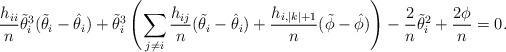
LaTeX: \begin{align*}\frac{h_{ii}}{n} \tilde{\theta}_i^3(\tilde{\theta}_i-\hat{\theta}_i) +\tilde{\theta}_i^3 \left( \sum_{j \neq i}^{} \frac{h_{ij}}{n} (\tilde{\theta}_i-\hat{\theta}_i) + \frac{h_{i,|k|+1}}{n} (\tilde{\phi}-\hat{\phi}) \right)- \frac{2}{n} \tilde{\theta}_i^2 + \frac{2\phi}{n}=0.\end{align*}